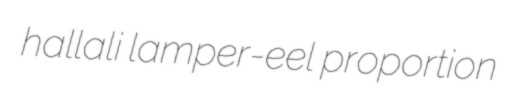
hallali lamper-eel proportion